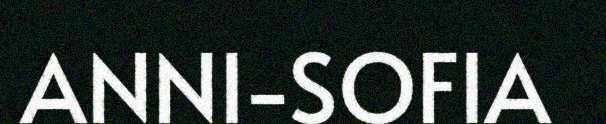
ANNI-SOFIA